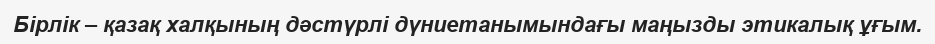
Бірлік – қазақ халқының дәстүрлі дүниетанымындағы маңызды этикалық ұғым.